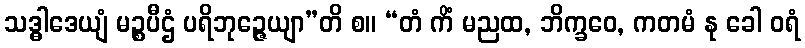
သဒ္ဓါဒေယျံ မဉ္စပီဌံ ပရိဘုဉ္ဇေယျာ”တိ စ။ “တံ ကိံ မညထ, ဘိက္ခဝေ, ကတမံ နု ခေါ ဝရံ